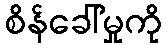
စိန်ခေါ်မှုကို